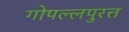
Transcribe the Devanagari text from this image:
गोपल्लपुरत्त